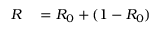
\begin{array} { r l } { R } & { { } = R _ { 0 } + ( 1 - R _ { 0 } ) } \end{array}